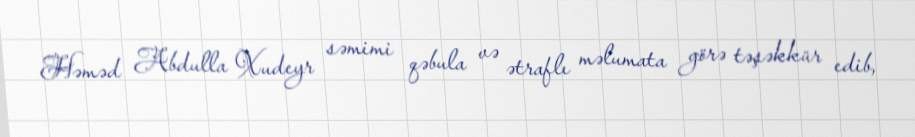
Həməd Abdulla Xudeyr səmimi qəbula və ətraflı məlumata görə təşəkkür edib,